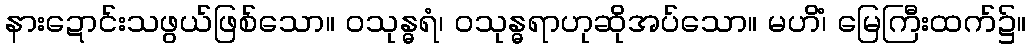
နားဍောင်းသဖွယ်ဖြစ်သော။ ဝသုန္ဓရံ၊ ဝသုန္ဓရာဟုဆိုအပ်သော။ မဟိံ၊ မြေကြီးထက်၌။